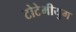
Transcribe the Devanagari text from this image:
टोटेमीयुग